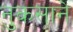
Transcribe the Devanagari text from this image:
नुकसाने